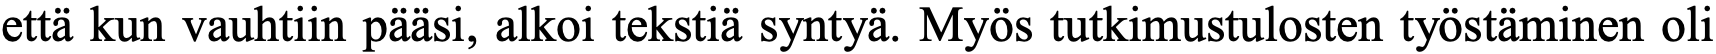
että kun vauhtiin pääsi, alkoi tekstiä syntyä. Myös tutkimustulosten työstäminen oli